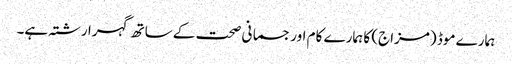
ہمارے موڈ (مزاج) کا ہمارے کام اور جسمانی صحت کے ساتھ گہرا رشتہ ہے۔